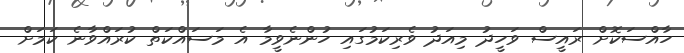
ހާއްސަކޮށް ރައީސް ވަހީދު މިއަދު ވެރިކަމުގައި ހުންނެވީމާ އެ މަސައްކަތް ކުރައްވާނެ ކަމަށް